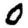
Digit: 0